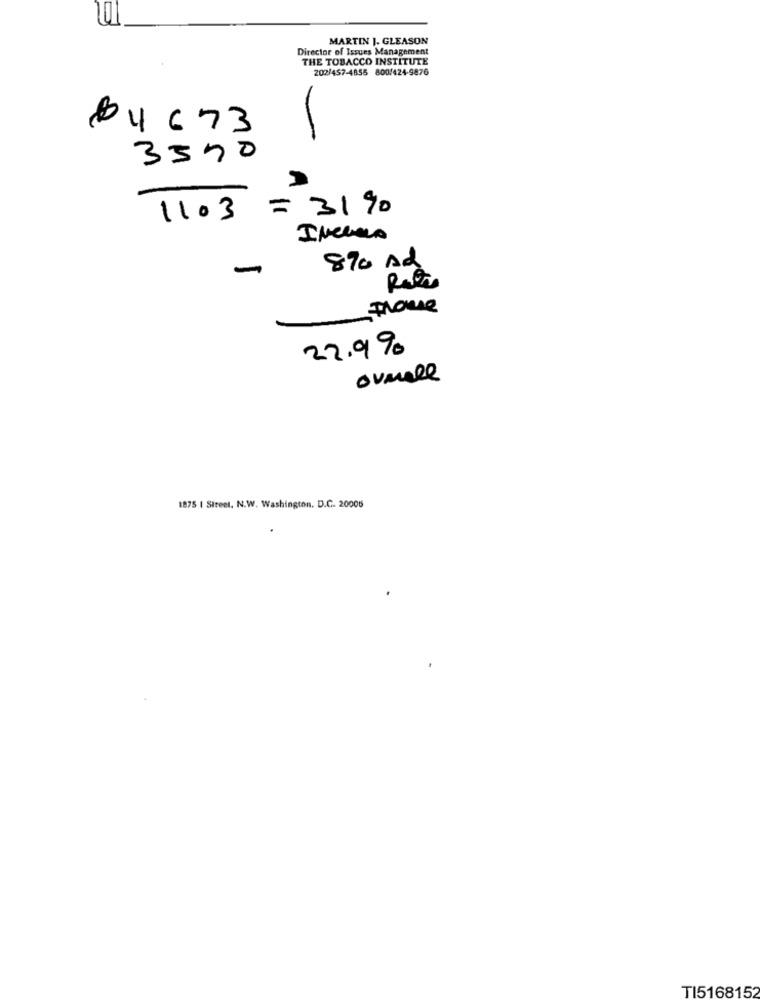
MARTIN J. GLEASON
Director of Issues Management
THE TOBACCO INSTITUTE
202/457-4855 800/424-9876
64 673
3370
1103 = 31%
-
870 Ad
Thouse
22.9%
ovmell
1875 | Street, N.W. Washington, D.C. 20006
TI5168152